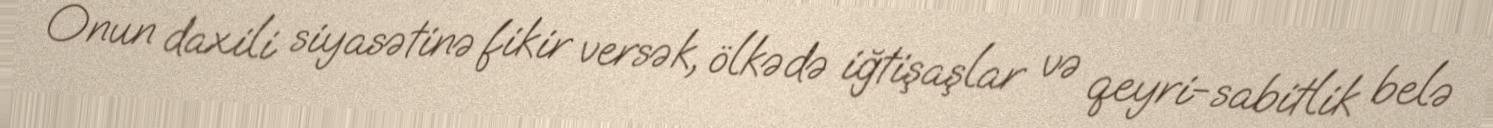
Onun daxili siyasətinə fikir versək, ölkədə iğtişaşlar və qeyri-sabitlik belə